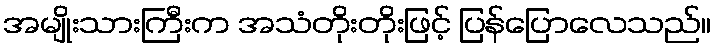
အမျိုးသားကြီးက အသံတိုးတိုးဖြင့် ပြန်ပြောလေသည်။